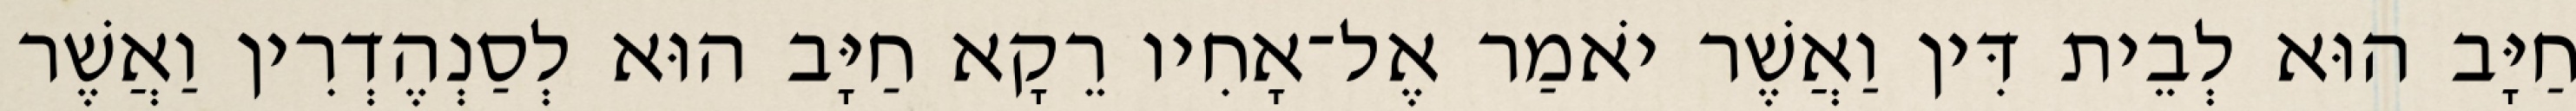
חַיָּב הוּא לְבֵית דִּין וַאֲשֶׁר יֹאמַר אֶל־אָחִיו רֵקָא חַיָּב הוּא לְסַנְהֶדְרִין וַאֲשֶׁר